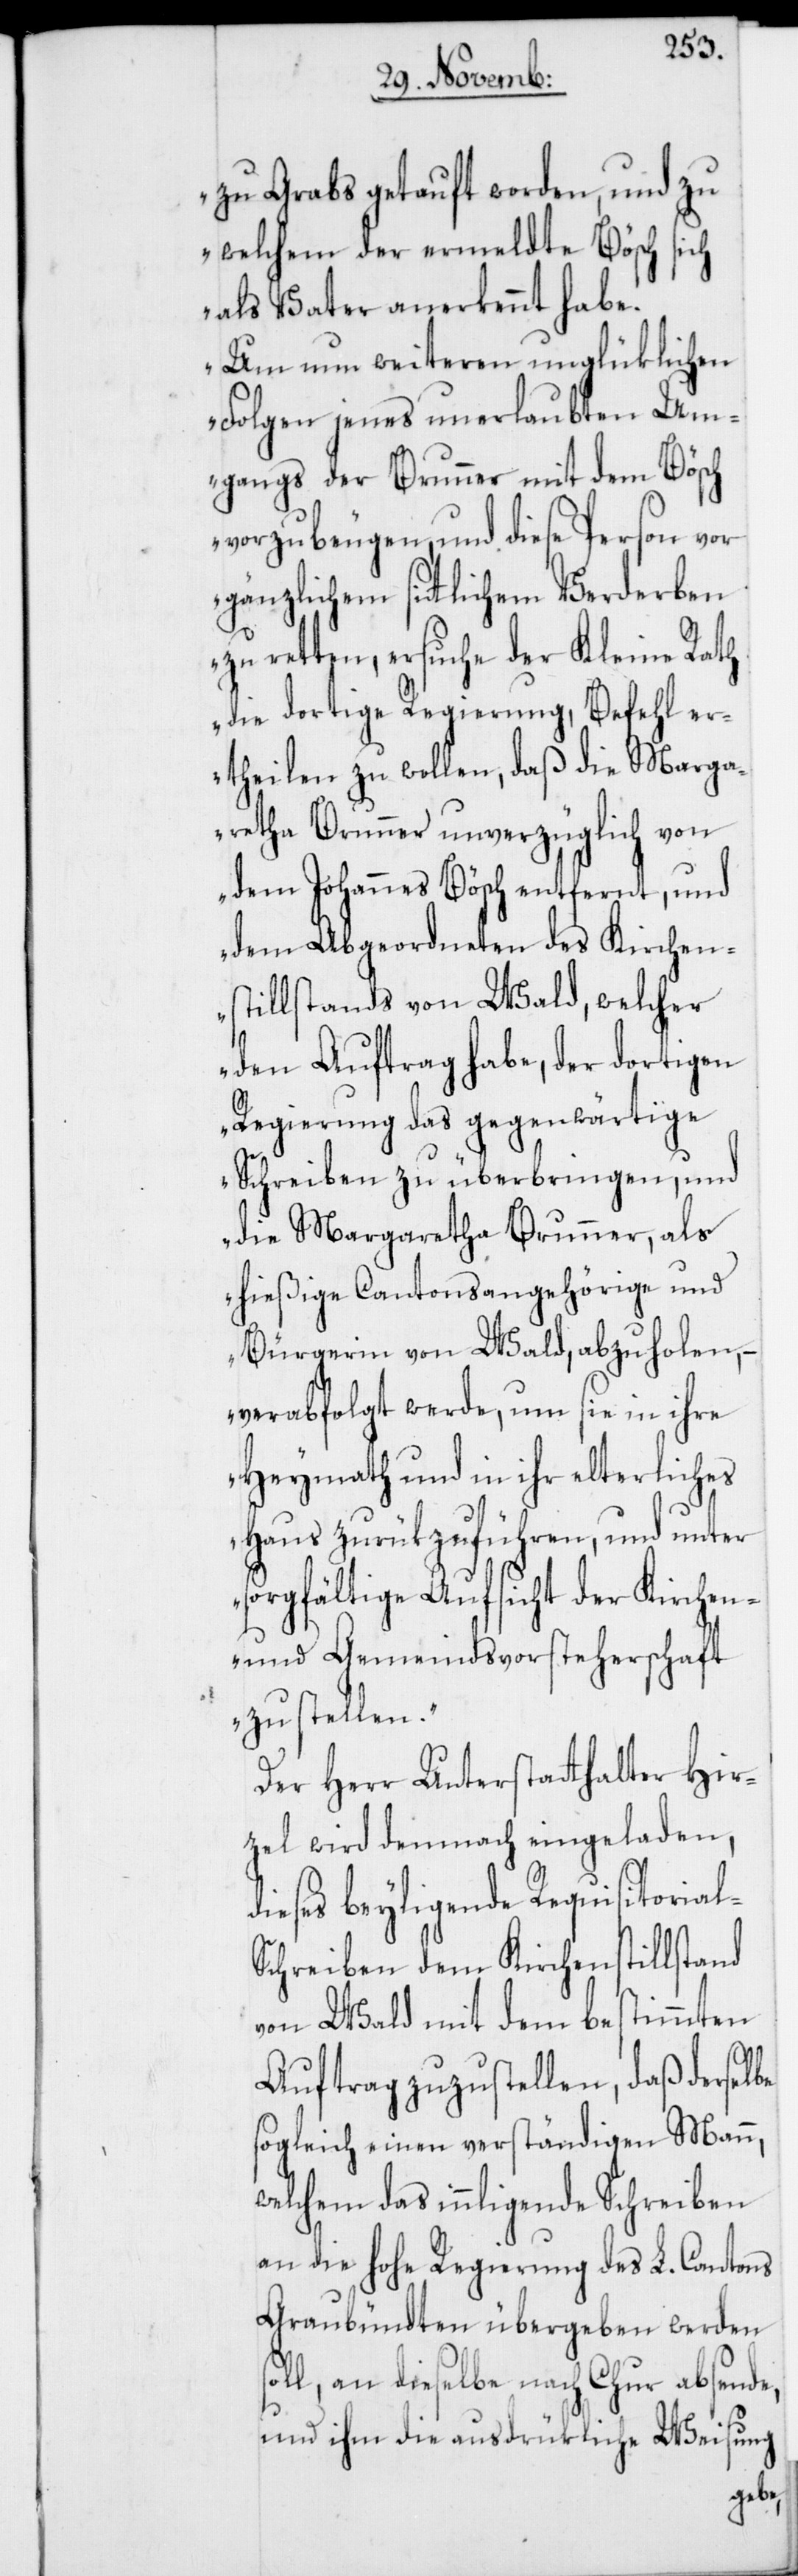
l-S¬
zu Grabs getauft worden, und zu
welchem der ermeldte Bösch sich
als Vater anerkennt habe.
Um nun weiteren unglüklichen
Folgen jenes unerlaubten Um¬
gangs der Brunner mit dem Bösch
vorzubeugen, und diese Person vor
gänzlichem sittlichem Verderben
zu retten, ersuche der Kleine Rath
die dortige Regierung, Befehl er¬
theilen zu wollen, daß die Marga¬
retha Brunner unverzüglich von
dem Johannes Bösch entfernt, und
dem Abgeordneten des Kirchen¬
stillstands von Wald, welcher
den Auftrag habe, der dortigen
Regierung das gegenwärtige
Schreiben zu überbringen, und
die Margaretha Brunner, als
hießige Cantonsangehörige und
Bürgerin von Wald, abzuholen, –
verabfolgt werde, um sie in ihre
Heymath und in ihr elterliches
Haus zurükzuführen, und unter
sorgfältige Aufsicht der Kirchen-
und Gemeindsvorsteherschaft
zu stellen.“
zel wird demnach eingeladen,
dieses beyligende Requisitoria¬
chreiben dem Kirchenstillstand
von Wald mit dem bestimmten
Auftrag zuzustellen, daß derselbe
sogleich einen verständigen Mann,
welchem das innligende Schreiben
an die hohe Regierung des L. Cantons
Graubündten übergeben werden
soll, an dieselbe nach Chur absende,
und ihm die ausdrükliche Weisung